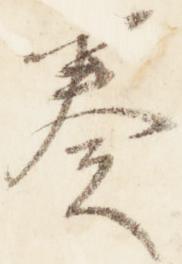
奏